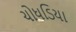
ચોધડિયા